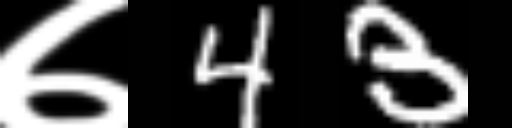
Text: ७43